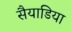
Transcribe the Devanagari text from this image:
सैयाडिया